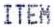
ITEM